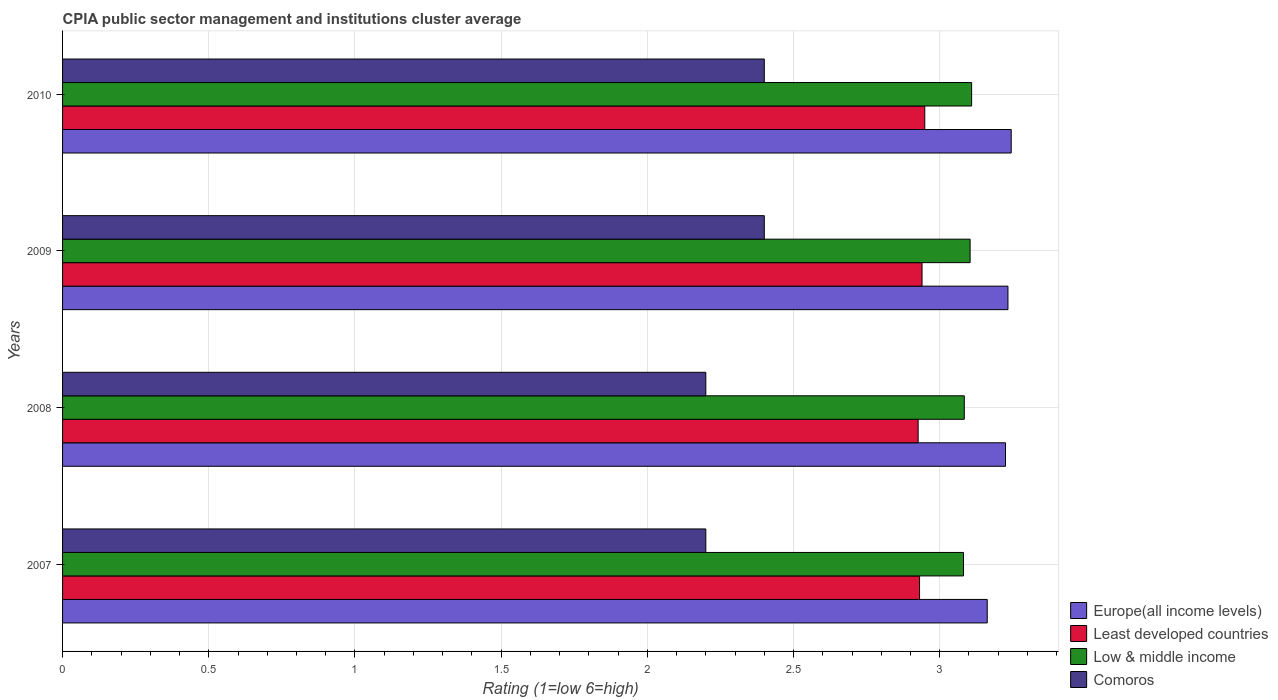
| Years | Europe(all income levels) | Least developed countries | Low & middle income | Comoros |
 | --- | --- | --- | --- | --- |
 | 2007 | 3.16 | 2.93 | 3.08 | 2.2 |
 | 2008 | 3.23 | 2.93 | 3.08 | 2.2 |
 | 2009 | 3.23 | 2.94 | 3.1 | 2.4 |
 | 2010 | 3.24 | 2.95 | 3.11 | 2.4 |